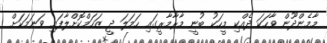
މާމެންދޫން ވާހަކަ ދެއްކި މީހަކު ބުނީ މާރާމާރީގައި ހަމަލަ ދީ ޒަހަމްކޮށްލާފައި ވަނަމަކަށް